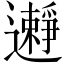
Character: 𨘱